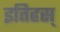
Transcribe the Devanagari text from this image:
इतिहस्